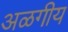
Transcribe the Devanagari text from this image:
अळगीय